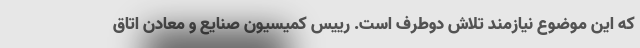
که این موضوع نیازمند تلاش دوطرف است. رییس کمیسیون صنایع و معادن اتاق